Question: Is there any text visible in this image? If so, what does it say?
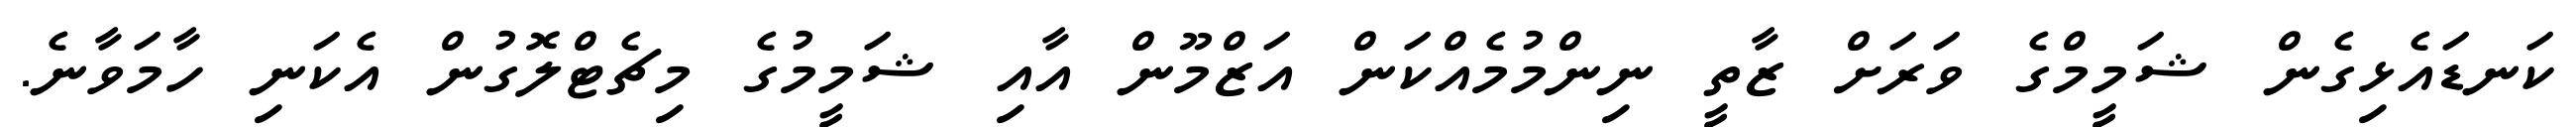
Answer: ކަނޑައެޅިގެން ޝަމީމްގެ ވަރަށް ޒާތީ ނިންމުމެއްކަން އަޒްމޫން އާއި ޝަމީމުގެ މިޗެޓްލޮގުން އެކަނި ހާމަވާނެ.